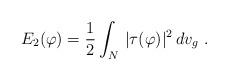
LaTeX: \begin{align*} E_2(\varphi)=\frac{1}{2}\int_{N}\,|\tau (\varphi)|^2\,dv_g \,\, .\end{align*}